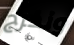
ونخرج